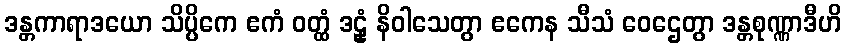
ဒန္တကာရာဒယော သိပ္ပိကေ ဧကံ ဝတ္ထံ ဒဠှံ နိဝါသေတွာ ဧကေန သီသံ ဝေဌေတွာ ဒန္တစုဏ္ဏာဒီဟိ